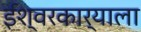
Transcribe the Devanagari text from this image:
ईश्वरकार्याला